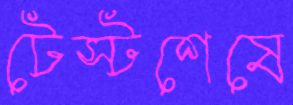
টেস্টশেষে